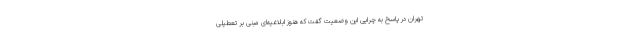
تهران در پاسخ به چرایی این وضعیت گفت که هنوز ابلاغیه‌ای مبنی بر تعطیلی